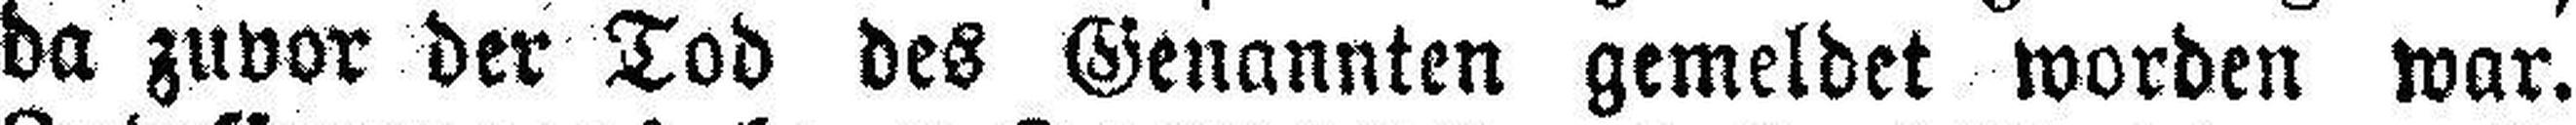
da zuvor der Tod des Genannten gemeldet worden war.